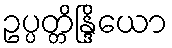
ဥပ္ပတ္တိန္ဒြိယော